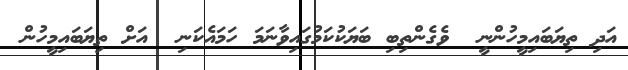
އަދި ތިޔަބައިމީހުންނީ  ވެގެންތިބި ބަޔަކުކަމުގައިވާނަމަ ހަމައެކަނި  އަށް ތިޔަބައިމީހުން